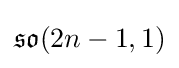
{\mathfrak {so}}(2n-1,1)